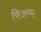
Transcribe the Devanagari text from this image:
फिअम्मा